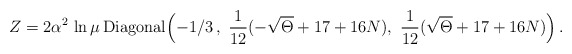
\begin{align*}Z=2 \alpha^2\, \ln\mu\, \mbox{Diagonal}\Bigl ( -1/3\, ,\,\, \frac{1}{12}( -\sqrt\Theta + 17 + 16 N), \,\,\frac{1}{12}(\sqrt\Theta + 17 + 16 N)\Bigr)\, .\end{align*}